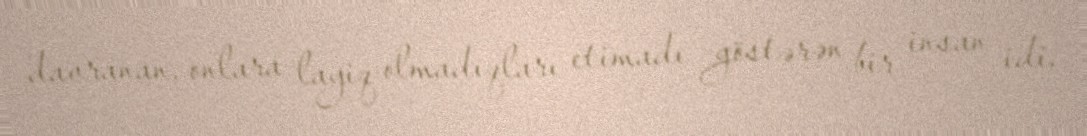
davranan, onlara layiq olmadıqları etimadı göstərən bir insan idi.